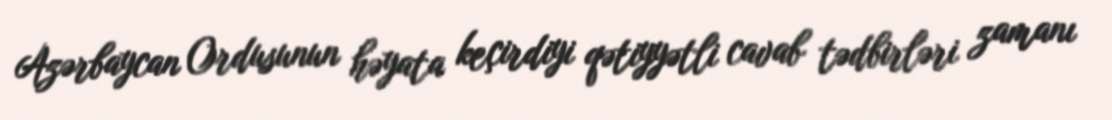
Azərbaycan Ordusunun həyata keçirdiyi qətiyyətli cavab tədbirləri zamanı